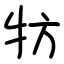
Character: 牥